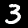
Digit: 3